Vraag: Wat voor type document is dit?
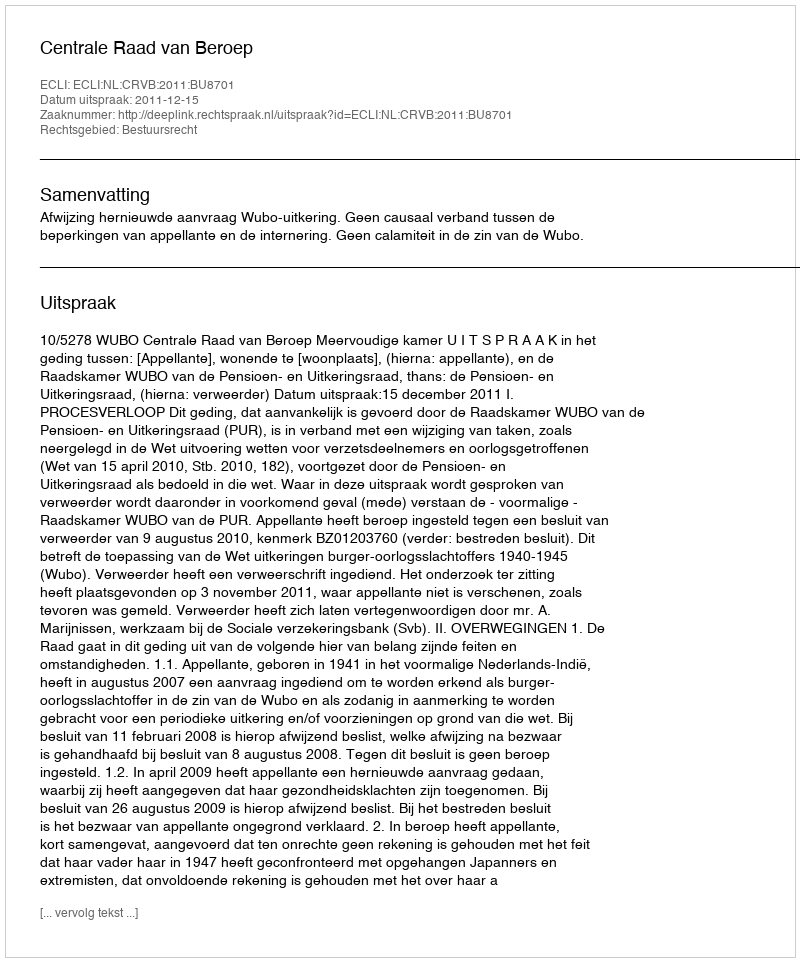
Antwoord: Uitspraak